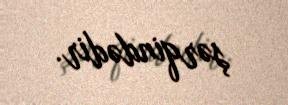
şərqindədir.